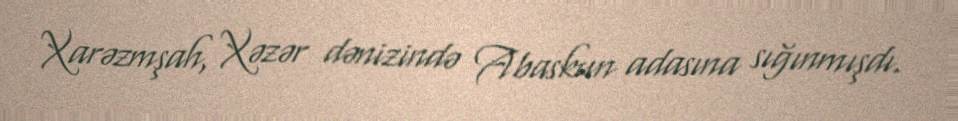
Xarəzmşah, Xəzər dənizində Abaskun adasına sığınmışdı.